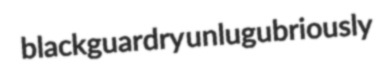
blackguardry unlugubriously